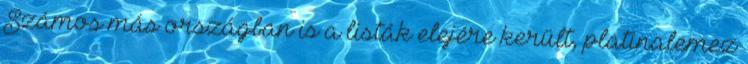
Számos más országban is a listák elejére került, platinalemez